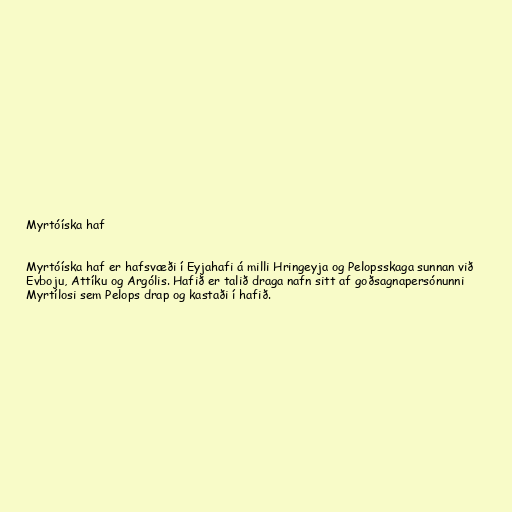
Myrtóíska haf

Myrtóíska haf er hafsvæði í Eyjahafi á milli Hringeyja og Pelopsskaga sunnan við
Evboju, Attíku og Argólis. Hafið er talið draga nafn sitt af goðsagnapersónunni
Myrtílosi sem Pelops drap og kastaði í hafið.